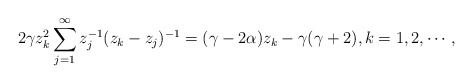
\begin{align*}2\gamma z^2_k\sum^{\infty}_{j=1}z_j^{-1}(z_k-z_j)^{-1}=(\gamma-2\alpha)z_k-\gamma(\gamma+2), k=1,2,\cdots,\end{align*}